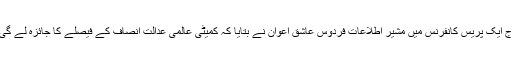
آج ایک پریس کانفرنس میں مشیر اطلاعات فردوس عاشق اعوان نے بتایا کہ کمیٹی عالمی عدالت انصاف کے فیصلے کا جائزہ لے گی۔